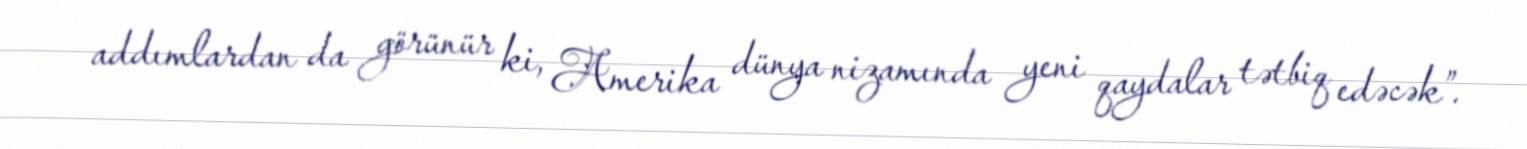
addımlardan da görünür ki, Amerika dünya nizamında yeni qaydalar tətbiq edəcək”.